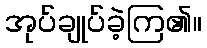
အုပ်ချုပ်ခဲ့ကြ၏။